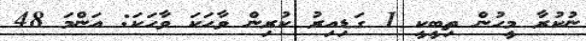
ނުކުރާ މީހުން ތިބީކީ 1 ގަޑިއިރު ކުރިން ވާހަކަ ވާހަކަ: އަންމަ 48